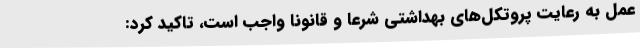
عمل به رعایت پروتکل‌های بهداشتی شرعا و قانونا واجب است، تاکید کرد: